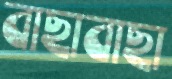
বাছাবাছা